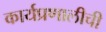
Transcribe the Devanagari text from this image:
कार्यप्रणालीची